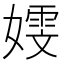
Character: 𫱭